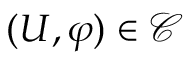
( U , \varphi ) \in \mathcal { C }